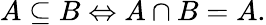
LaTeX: A\subseteq B\Leftrightarrow A\cap B=A.